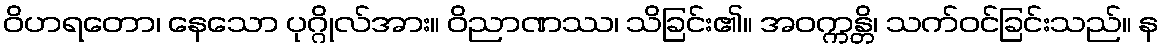
ဝိဟရတော၊ နေသော ပုဂ္ဂိုလ်အား။ ဝိညာဏဿ၊ သိခြင်း၏။ အဝက္ကန္တိ၊ သက်ဝင်ခြင်းသည်။ န